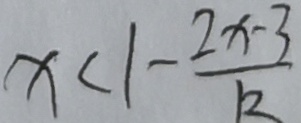
x < 1 - \frac { 2 x - 3 } { k }